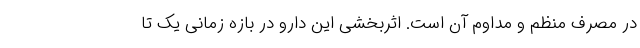
در مصرف منظم و مداوم آن است. اثربخشی این دارو در بازه زمانی یک تا